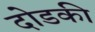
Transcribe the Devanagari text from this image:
दोडकी